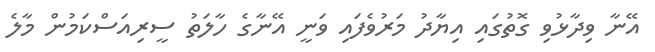
އޭނާ ވިދާޅުވި ގޮތުގައި އިޔާދު މަރުވެފައި ވަނީ އޭނާގެ ހާލަތު ސީރިއަސްކަމުން މާލެ